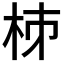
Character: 𣐈